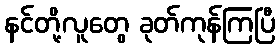
နင်တို့လူတွေ ခုတ်ကုန်ကြပြီ